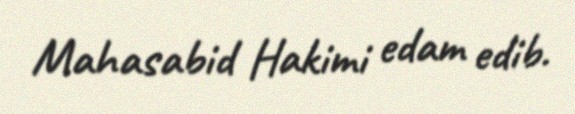
Mahasabid Hakimi edam edib.